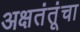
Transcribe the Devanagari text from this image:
अक्षतंतूंचा